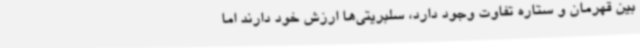
بین قهرمان و ستاره تفاوت وجود دارد، سلبریتی‌ها ارزش خود دارند اما